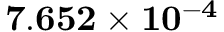
\mathbf { 7 . 6 5 2 \times 1 0 ^ { - 4 } }